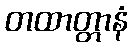
တထာတ္တာနံ